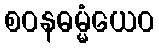
စဝနဓမ္မံယေဝ